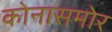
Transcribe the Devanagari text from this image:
कोनासमोर